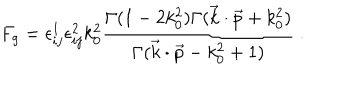
F _ { g } = \epsilon _ { i j } ^ { 1 } \epsilon _ { i j } ^ { 2 } k _ { 0 } ^ { 2 } { \frac { \Gamma ( 1 - 2 k _ { 0 } ^ { 2 } ) \Gamma ( \vec { k } \cdot \vec { p } + k _ { 0 } ^ { 2 } ) } { \Gamma ( \vec { k } \cdot \vec { p } - k _ { 0 } ^ { 2 } + 1 ) } } \ .